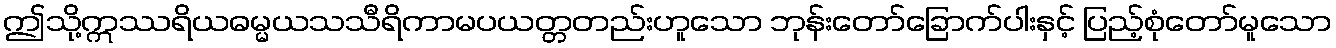
ဤသို့ဣဿရိယဓမ္မယသသီရိကာမပယတ္တတည်းဟူသော ဘုန်းတော်ခြောက်ပါးနှင့် ပြည့်စုံတော်မူသော